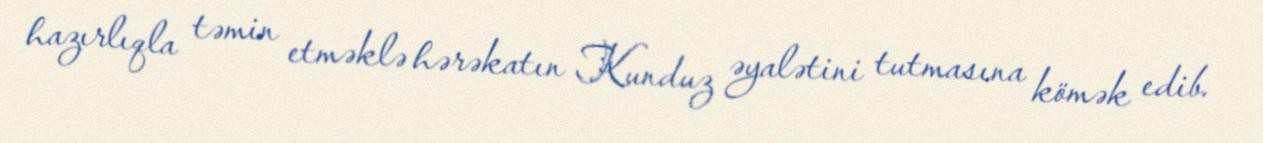
hazırlıqla təmin etməklə hərəkatın Kunduz əyalətini tutmasına kömək edib.